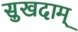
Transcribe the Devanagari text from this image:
सुखदाम्